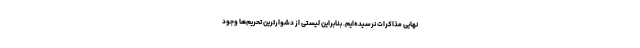
نهایی مذاکرات نرسیده‌ایم. بنابراین لیستی از دشوارترین تحریم‌ها وجود